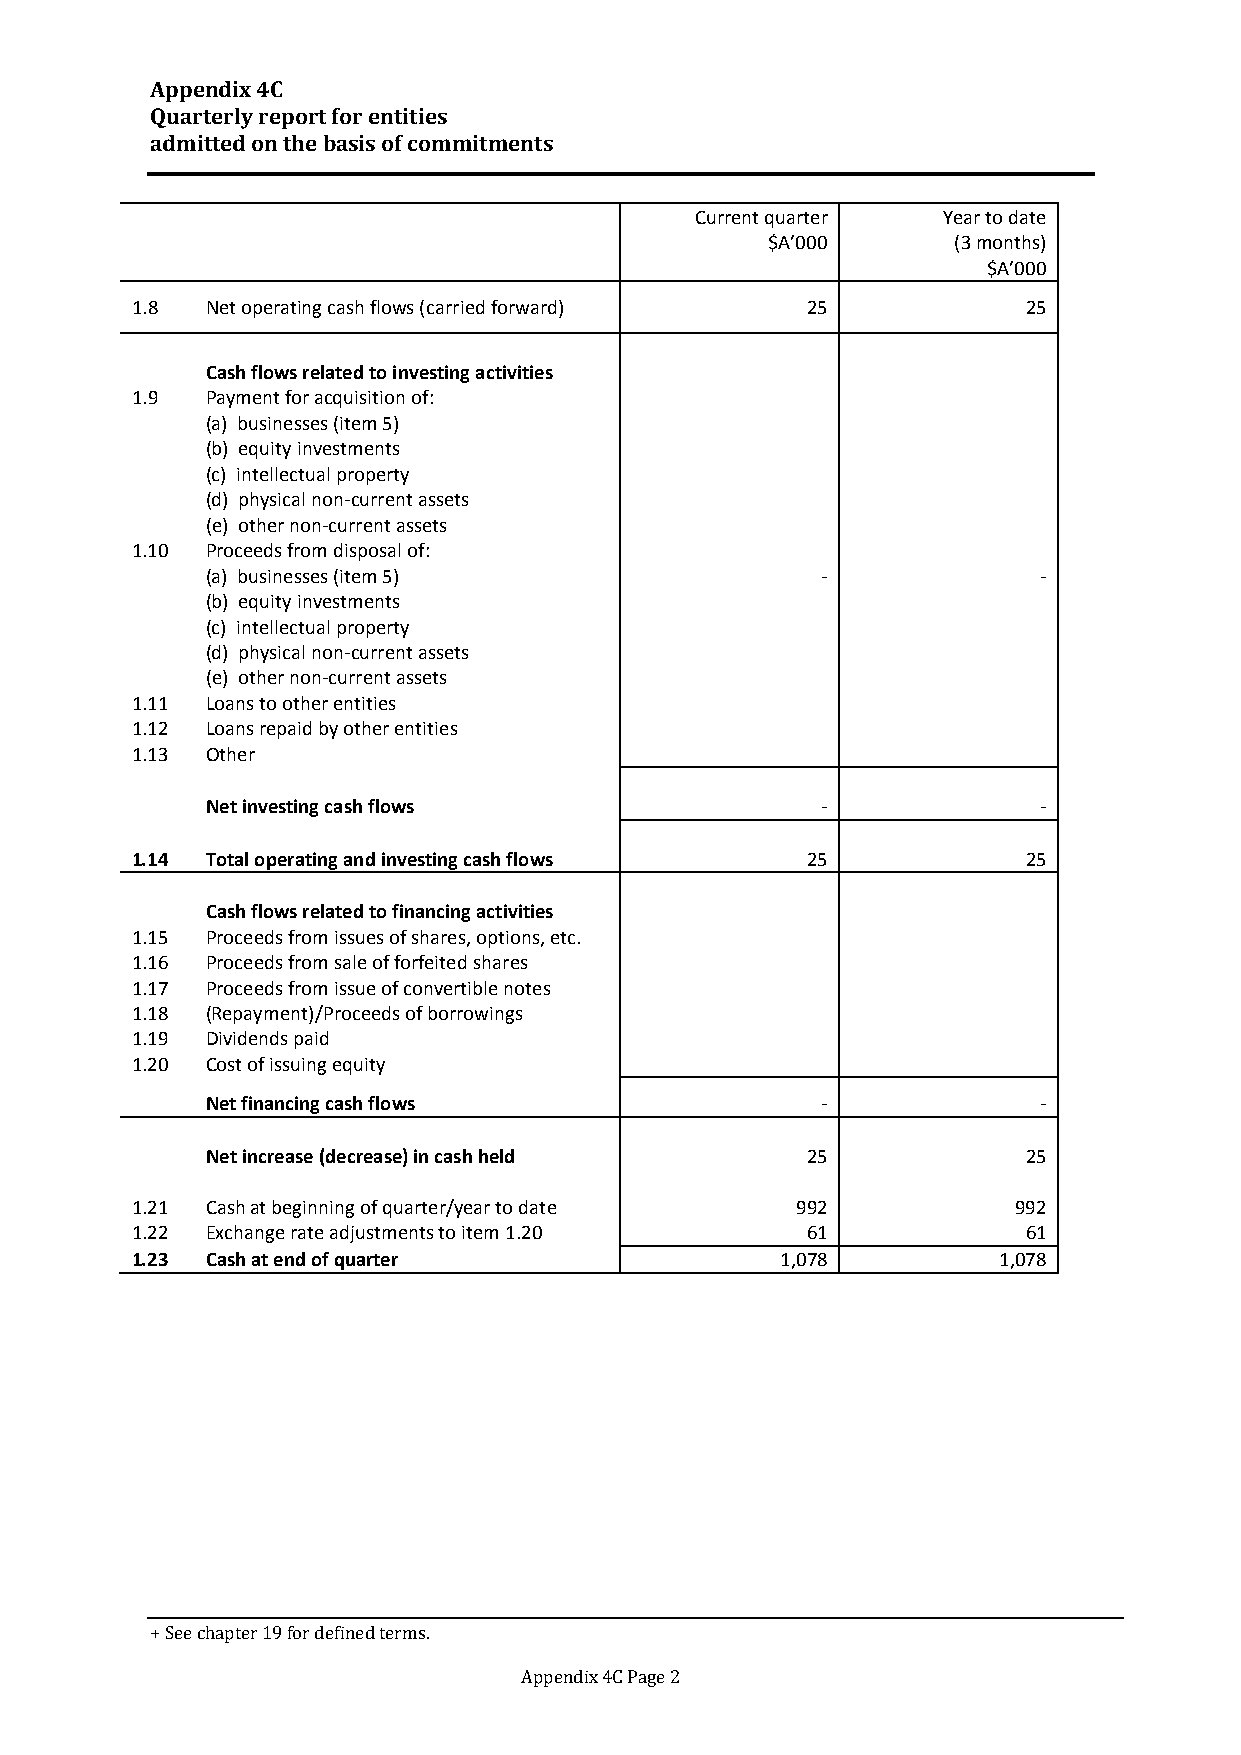
Appendix 4C
 Quarterly report for entities
 admitted on the basis of commitments
 Current quarter Year to date
 $A’000      (3 months)
 $A’000
 1.8  Net operating cash flows (carried forward) 25         25
 Cash flows related to investing activities
 1.9  Payment for acquisition of:
 (a) businesses (item 5)
 (b) equity investments
 (c) intellectual property
 (d) physical non-current assets
 (e) other non-current assets
 1.10 Proceeds from disposal of:
 (a) businesses (item 5)                 -              -
 (b) equity investments
 (c) intellectual property
 (d) physical non-current assets
 (e) other non-current assets
 1.11 Loans to other entities
 1.12 Loans repaid by other entities
 1.13 Other
 Net investing cash flows                -              -
 1.14 Total operating and investing cash flows 25           25
 Cash flows related to financing activities
 1.15 Proceeds from issues of shares, options, etc.
 1.16 Proceeds from sale of forfeited shares
 1.17 Proceeds from issue of convertible notes
 1.18 (Repayment)/Proceeds of borrowings
 1.19 Dividends paid
 1.20 Cost of issuing equity
 Net financing cash flows                -              -
 Net increase (decrease) in cash held   25             25
 1.21 Cash at beginning of quarter/year to date 992        992
 1.22 Exchange rate adjustments to item 1.20 61             61
 1.23 Cash at end of quarter                1,078         1,078
 + See chapter 19 for defined terms.
 Appendix 4C Page 2